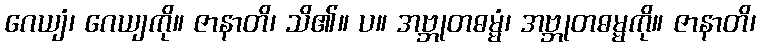
ဂေယျံ၊ ဂေယျကို။ ဇာနာတိ၊ သိ၏။ ပ။ အဗ္ဘုတဓမ္မံ၊ အဗ္ဘုတဓမ္မကို။ ဇာနာတိ၊